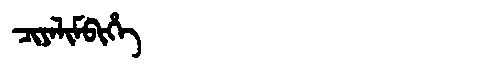
Manchu: ᠴᡳᠶᠠᠯᡳᠮᠪᡳᡥᡝ
Romanization: CIYALIMBIHE